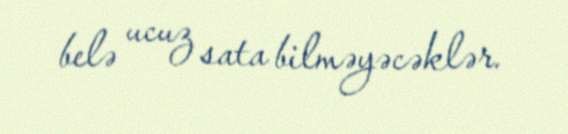
belə ucuz sata bilməyəcəklər.